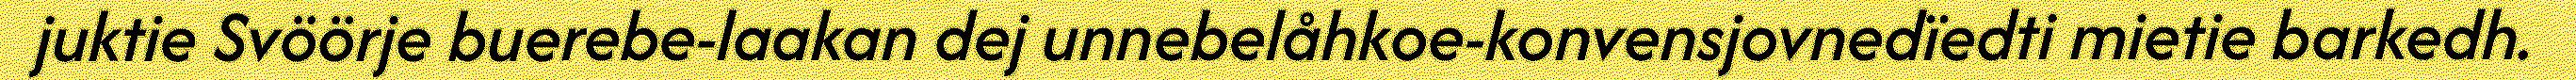
juktie Svöörje buerebe-laakan dej unnebelåhkoe-konvensjovnedïedti mietie barkedh.